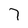
Character: 7